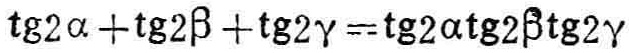
\(\operatorname{tg}2\alpha+\operatorname{tg}2\beta +\operatorname{tg}2\gamma=\operatorname{tg}2\alpha\operatorname{tg}2\beta\operatorname{tg}2\gamma\)